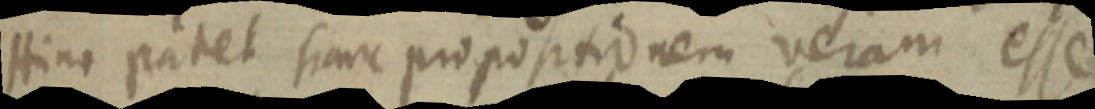
Hinc patet fiare propositionem veram esse